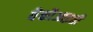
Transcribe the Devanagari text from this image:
वैकौआइती